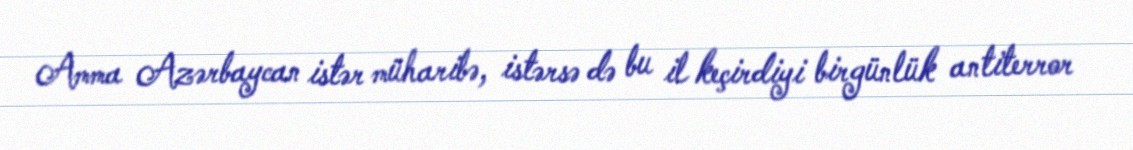
Amma Azərbaycan istər müharibə, istərsə də bu il keçirdiyi birgünlük antiterror